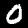
Digit: 0